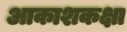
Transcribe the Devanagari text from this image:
आकाशकक्षा